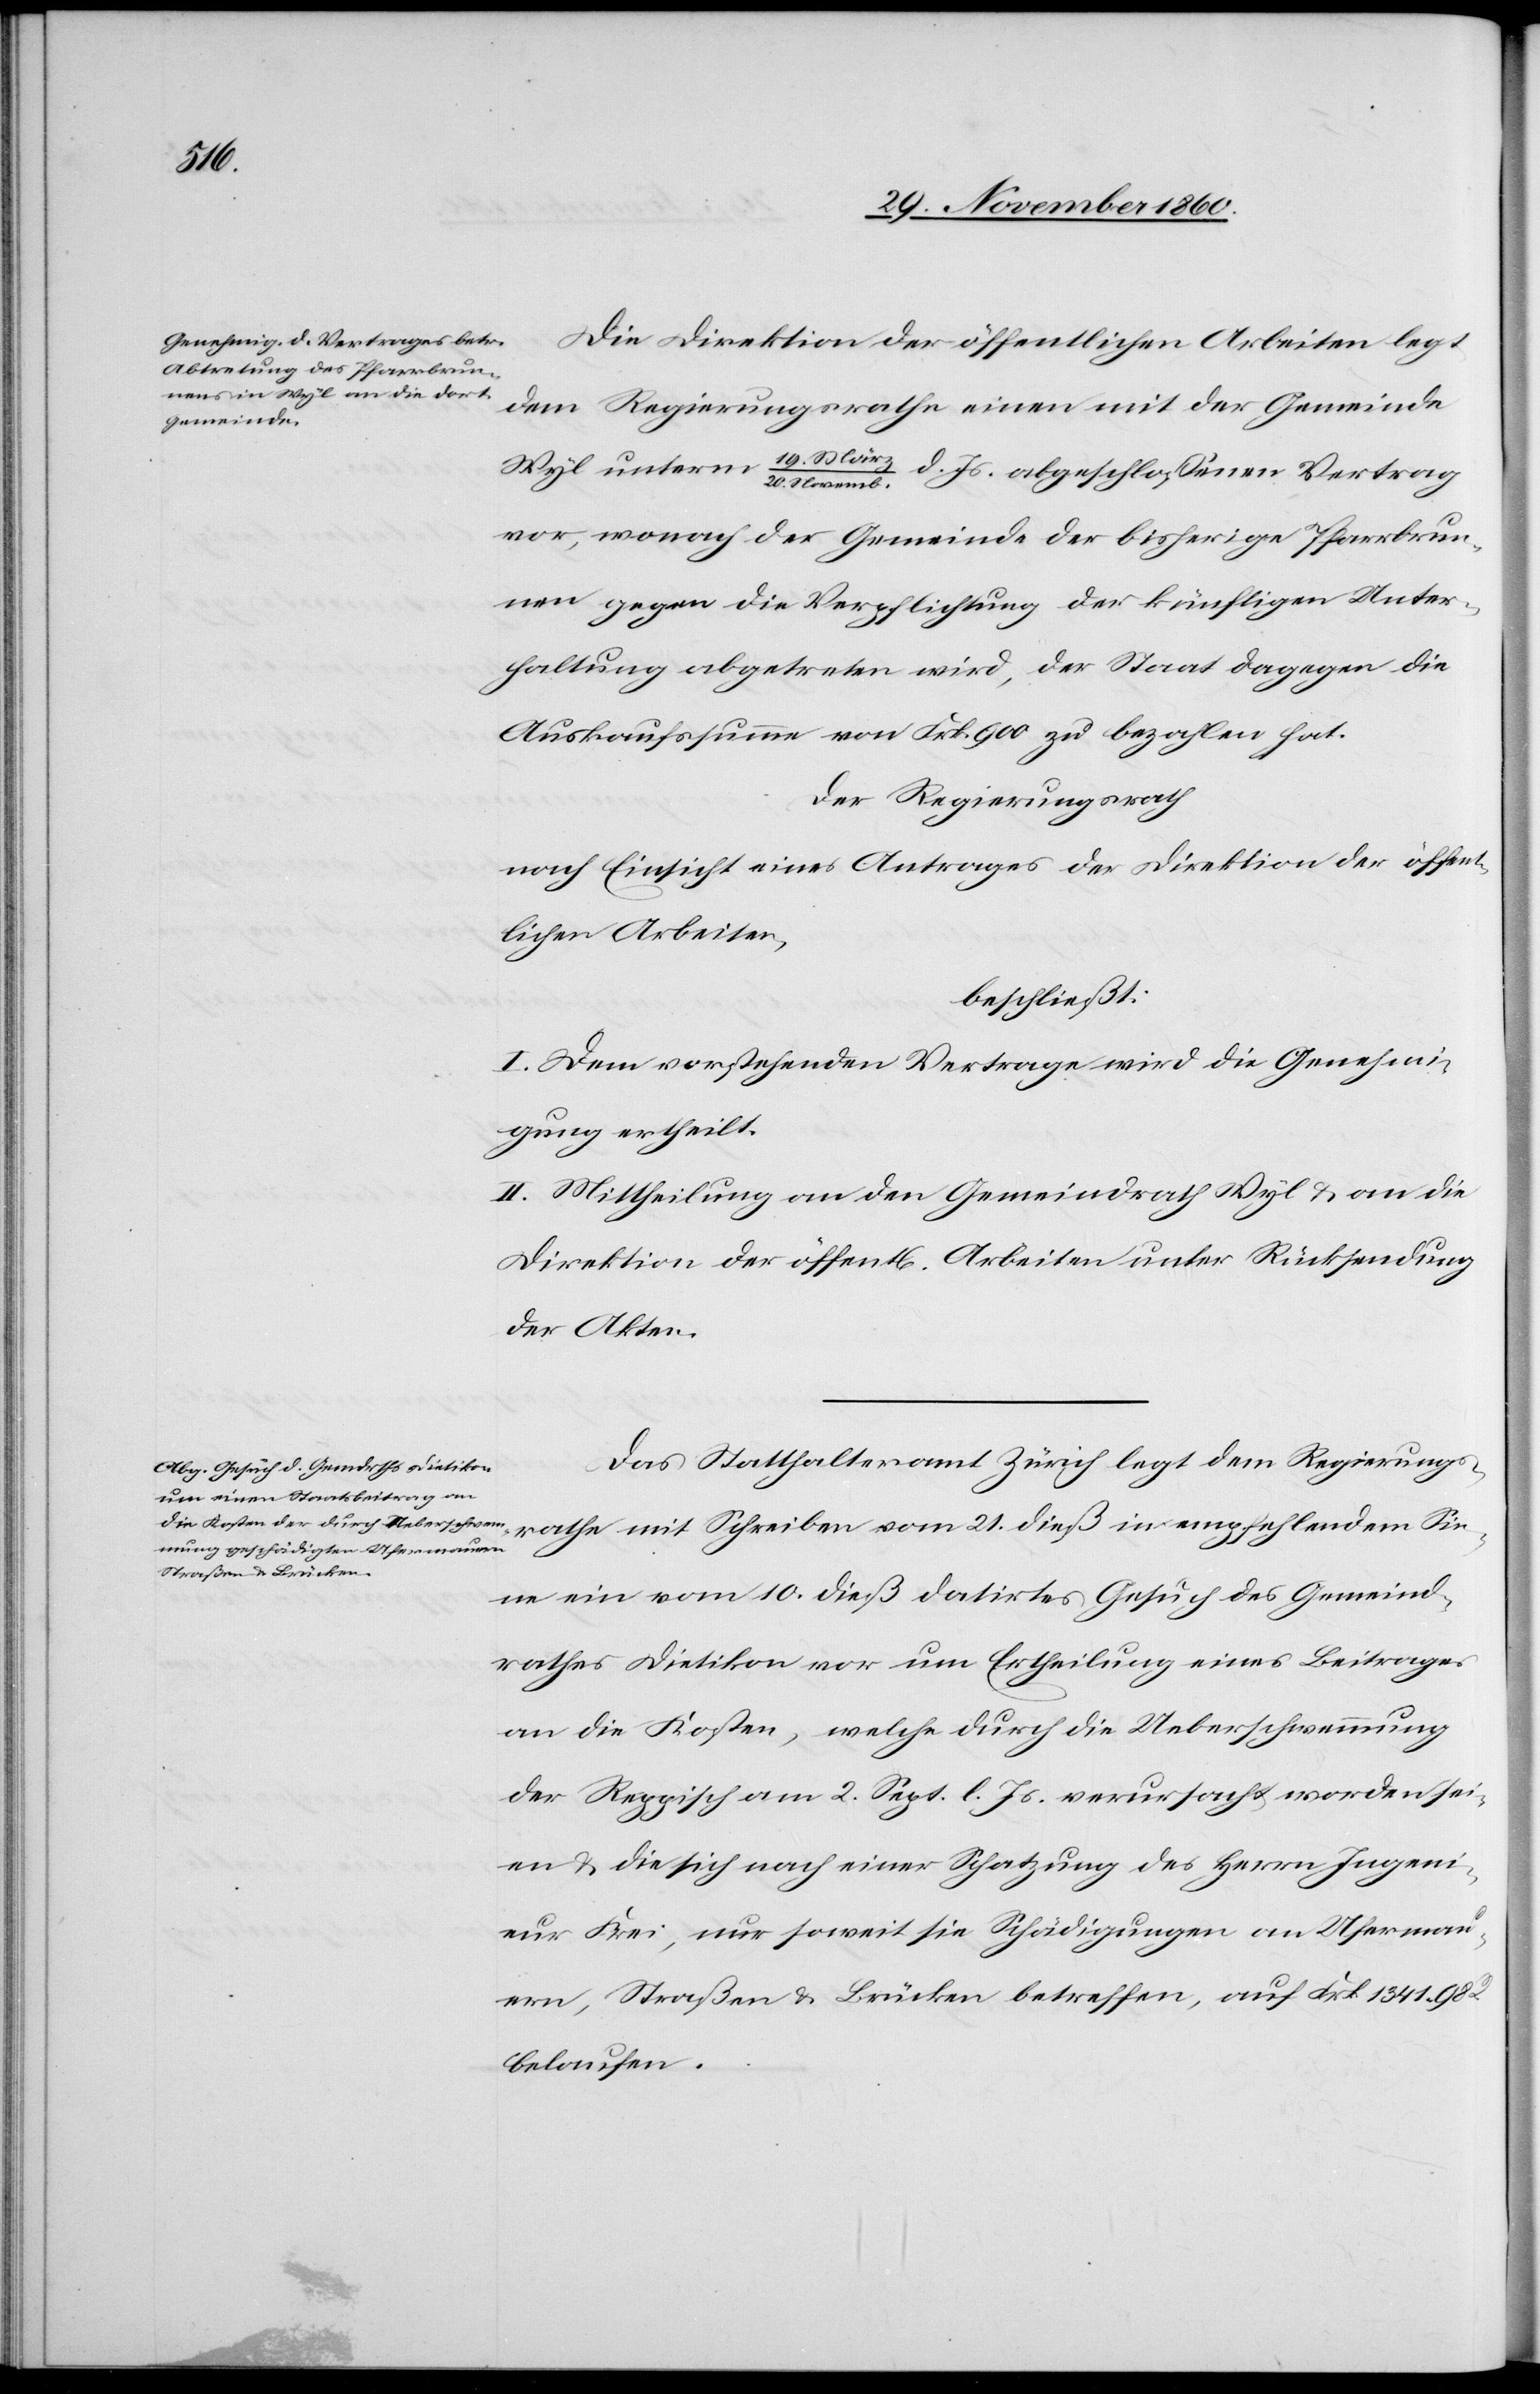
rathe
Die Direktion der öffentlichen Arbeiten legt
dem Regierungsrathe einen mit der Gemeinde
Wyl unterm 19. März / 20. Novemb. d. Js. abgeschlossenen Vertrag
vor, wonach der Gemeinde der bisherige Pfarrbrun¬
nen gegen die Verpflichtung der künftigen Unter¬
haltung abgetreten wird, der Staat dagegen die
Auskaufssumme von Frk. 900 zu bezahlen hat.
Der Regierungsrath
nach Einsicht eines Antrages der Direktion der öffent¬
lichen Arbeiten,
beschließt:
I. Dem vorstehenden Vertrage wird die Genehmi¬
gung ertheilt.
II. Mittheilung an den Gemeindrath Wyl u. an die
Direktion der öffent[lichen] Arbeiten unter Rückstellung
der Akten.
Das Statthalteramt Zürich legt dem Regierungs¬
Sinne ein vom 10. dieß datirtes Gesuch des Gemeind¬
rathes Dietikon vor um Ertheilung eines Beitrages
an die Kosten, welche durch die Ueberschwemmung
der Reppisch am 2. Sept. l. Js. verursacht worden sei¬
en u. die sich nach einer Schatzung des Herrn Ingeni¬
eur Frei, nur soweit sie Schädigungen an Ufermau¬
ern, Straßen u. Brücken betreffen, auf Frk. 1341 98
belaufen.